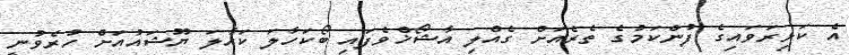
އެ ކަޅިރަވައިގެ ފުންކަމުގެ ތެރެއަށް ގެއްލި އާޝޯޚްވެފައި ބޯކަހާލަ ކަހާލަ ޔޫޝައުއަށް ހުރެވުނީ